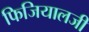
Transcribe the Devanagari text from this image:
फिजियालजी